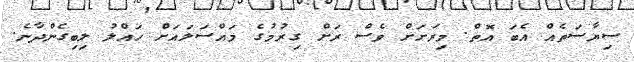
ސިޔާސަތެއް އެބަ އޮތް. މިރަށަށް ވެސް ރަށް ގިރުމުގެ މައްސަލައަށް ހައްލު ލިބިގެންދާނެ.